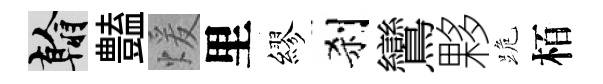
翰𧰟煖里繆刹鸞夥跪栢